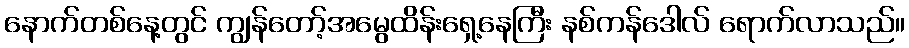
နောက်တစ်နေ့တွင် ကျွန်တော့်အမွေထိန်းရှေ့နေကြီး နစ်ကန်ဒေါလ် ရောက်လာသည်။